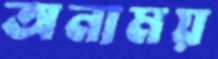
অনাময়